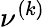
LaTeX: \nu^{(k)}